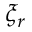
\xi _ { r }